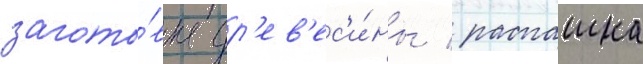
загото́вка др'ев'ес'и́ны / распашка